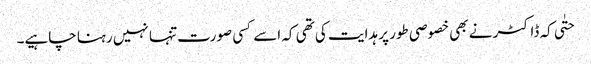
حتٰی کہ ڈاکٹر نے بھی خصوصی طور پر ہدایت کی تھی کہ اسے کسی صورت تنہا نہیں رہنا چاہیے۔